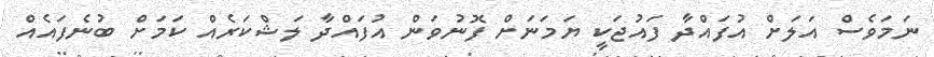
ނަމަވެސް އަލަށް އުފައްދާ ފައުޖަކީ ޔަމަނަށް ފޮނުވަން އުފައްދާ ލަޝްކަރެއް ކަމަށް ބުނެފައެއް